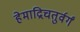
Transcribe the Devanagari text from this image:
हेमाद्रिचतुर्वर्गं